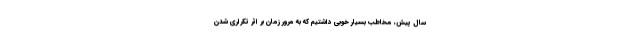
سال پیش، مخاطبِ بسیار خوبی داشتیم که به مرور زمان بر اثر تکراری شدن